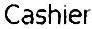
CASHIER